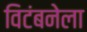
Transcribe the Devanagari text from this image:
विटंबनेला